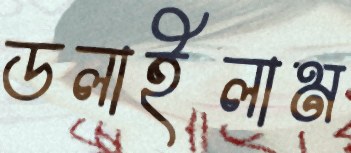
ডলাইলাম